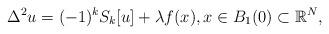
LaTeX: \begin{align*}\Delta^2 u = (-1)^k S_k[u] + \lambda f(x), x \in B_1(0) \subset \mathbb{R}^N,\end{align*}